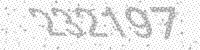
Solution: 232197